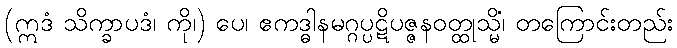
(ဣဒံ သိက္ခာပဒံ၊ ကို၊) ပေ၊ ဧကဒ္ဓါနမဂ္ဂပ္ပဋိပဇ္ဇနဝတ္ထုသ္မိံ၊ တကြောင်းတည်း